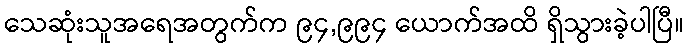
သေဆုံးသူအရေအတွက်က ၉၄,၉၉၄ ယောက်အထိ ရှိသွားခဲ့ပါပြီ။